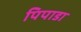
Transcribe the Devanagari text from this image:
पिपाडा